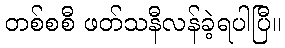
တစ်စစီ ဖတ်သနီလန်ခဲ့ရပါပြီ။